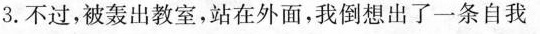
3.不过，被轰出教室，站在外面，我倒想出了一条自我